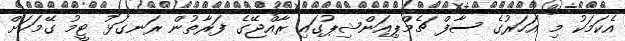
އެކަމަކު މި އަހަރުގެ ސާފް ޗެމްޕިއަންޝިޕުގައި ރާއްޖޭގެ ފަރާތުން ރަނގަޅު ޓީމު ގޭމަކަށް